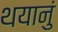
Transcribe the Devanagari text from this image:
थयानुं